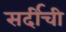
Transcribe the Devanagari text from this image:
सर्दीची